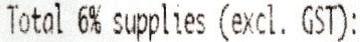
TOTAL 6% SUPPLIES (EXCL. GST):